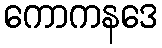
ကောကနဒေ